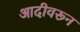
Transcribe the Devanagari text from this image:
आदीवरून